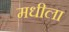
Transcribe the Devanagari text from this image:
मधीला